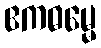
ဧကဓမ္မေ